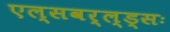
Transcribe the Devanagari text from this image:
एल्सवर्ल्ड्सः